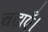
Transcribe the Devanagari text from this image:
चढ़ाएँ।